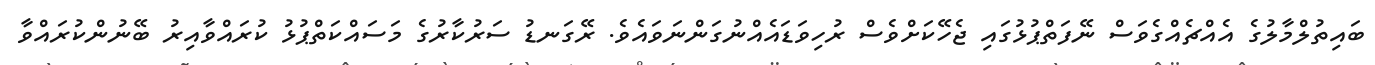
ބައިތުލްމާލުގެ އެއްޗެއްގެވަސް ނޭފަތްޕުޅުގައި ޖެހޭކަށްވެސް ރުހިވަޑައެއްނުގަންނަވައެވެ. ރޭގަނޑު ސަރުކާރުގެ މަސައްކަތްޕުޅު ކުރައްވާއިރު ބޭނުންކުރައްވާ